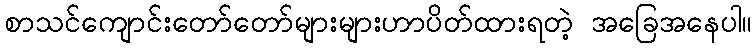
စာသင်ကျောင်းတော်တော်များများဟာပိတ်ထားရတဲ့ အခြေအနေပါ။